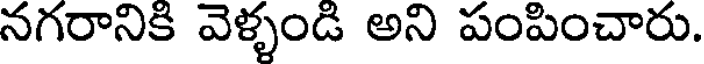
నగరానికి వెళ్ళండి అని పంపించారు.